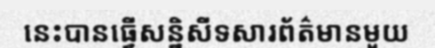
នេះបានធ្វើសន្និសីទសារព័ត៌មានមួយ